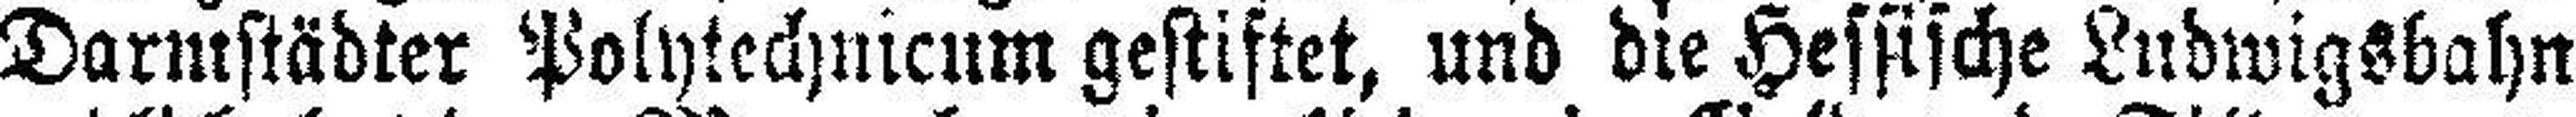
Darmstädter Polytechnicum gestiftet, und die Hessische Ludwigsbahn